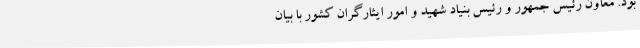
بود. معاون رئیس جمهور و رئیس بنیاد شهید و امور ایثارگران کشور با بیان